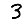
Digit: 3